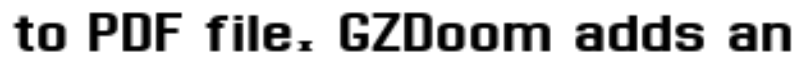
to PDF file. GZDoom adds an